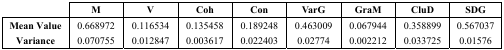
<table><thead><tr><td></td><td><b>M</b></td><td><b>V</b></td><td><b>Coh</b></td><td><b>Con</b></td><td><b>VarG</b></td><td><b>GraM</b></td><td><b>CluD</b></td><td><b>SDG</b></td></tr></thead><tbody><tr><td><b>Mean Value</b></td><td>0.668972</td><td>0.116534</td><td>0.135458</td><td>0.189248</td><td>0.463009</td><td>0.067944</td><td>0.358899</td><td>0.567037</td></tr><tr><td><b>Variance</b></td><td>0.070755</td><td>0.012847</td><td>0.003617</td><td>0.022403</td><td>0.02774</td><td>0.002212</td><td>0.033725</td><td>0.01576</td></tr></tbody></table>